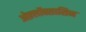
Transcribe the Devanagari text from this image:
ओफ़्लॉक्सासिन